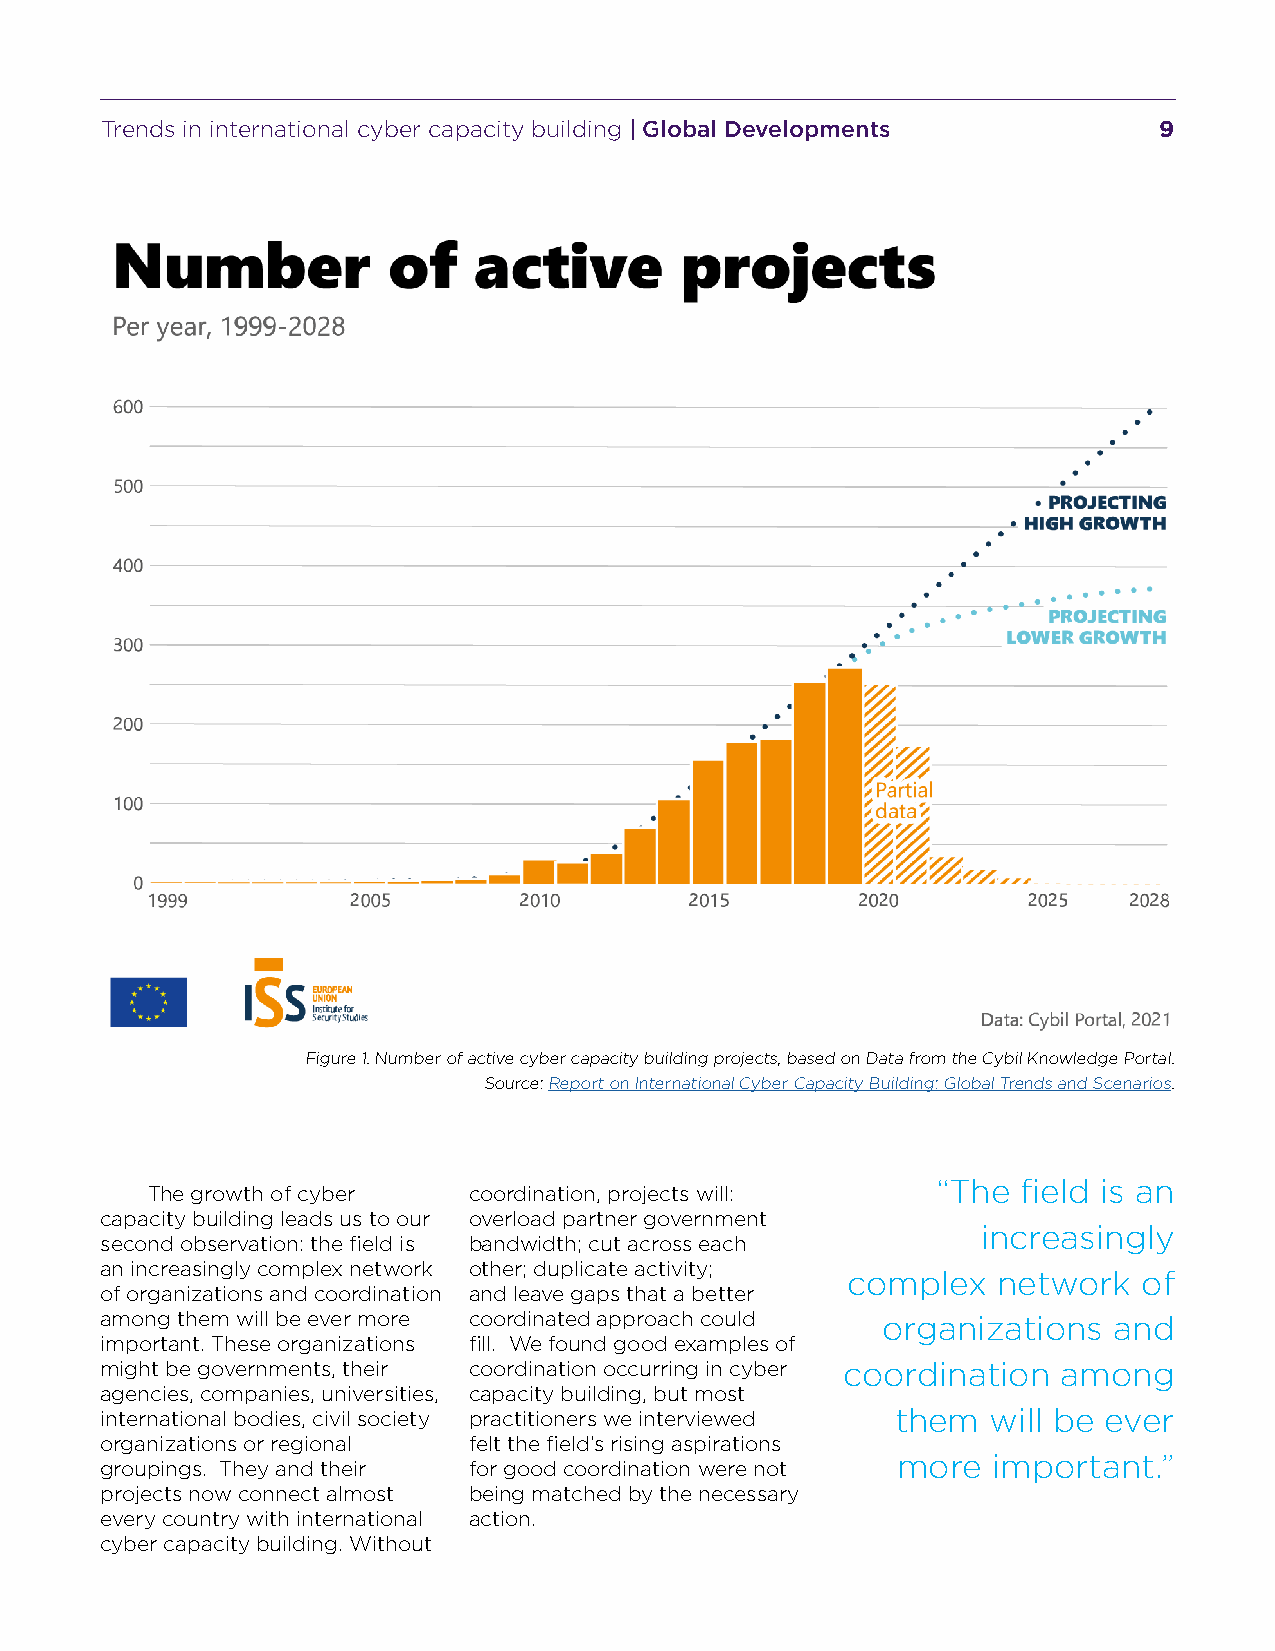
Trends in international cyber capacity building | Global Developments 9
 Figure 1. Number of active cyber capacity building projects, based on Data from the Cybil Knowledge Portal.
 Source: Report on International Cyber Capacity Building: Global Trends and Scenarios.
 “The  field is an
 The growth of cyber  coordination, projects will:
 capacity building leads us to our overload partner government
 increasingly
 second observation: the field is bandwidth; cut across each
 an increasingly complex network other; duplicate activity;
 complex   network   of
 of organizations and coordination and leave gaps that a better
 among them will be ever more coordinated approach could organizations and
 important. These organizations fill. We found good examples of
 might be governments, their coordination occurring in cyber coordination among
 agencies, companies, universities, capacity building, but most
 international bodies, civil society practitioners we interviewed them will be ever
 organizations or regional felt the field’s rising aspirations
 more   important.”
 groupings. They and their for good coordination were not
 projects now connect almost being matched by the necessary
 every country with international action.
 cyber capacity building. Without